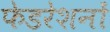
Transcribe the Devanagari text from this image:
फेडरेशनों